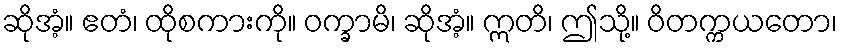
ဆိုအံ့။ ဧတံ၊ ထိုစကားကို။ ဝက္ခာမိ၊ ဆိုအံ့။ ဣတိ၊ ဤသို့။ ဝိတက္ကယတော၊